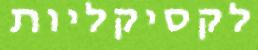
לקסיקליות